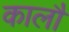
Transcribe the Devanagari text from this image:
कालौं